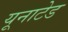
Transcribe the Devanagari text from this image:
यूनाटेड